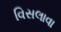
વિસલાવા